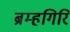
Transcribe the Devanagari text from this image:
ब्रम्हगिरि